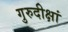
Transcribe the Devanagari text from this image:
गुरुदीक्षां